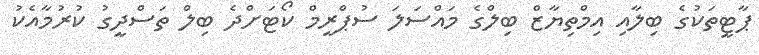
ޕާޓީތަކުގެ ބިލާއި އިމްތިޔާޒް ބިލްގެ މައްސަލަ ސުޕްރީމް ކޯޓަށްދެ ބިލް ތަސްދީގު ކުރުމާއެކު